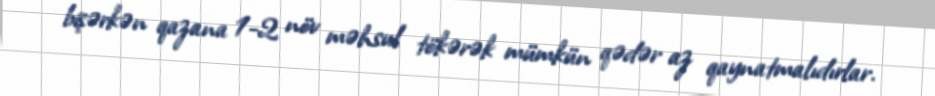
bişərkən qazana 1-2 növ məhsul tökərək mümkün qədər az qaynatmalıdırlar.